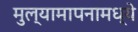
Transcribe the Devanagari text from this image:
मुल्यामापनामध्ये